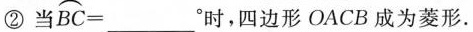
②当$$\frown{BC} = ___^{°}$$时，四边形OACB成为菱形。